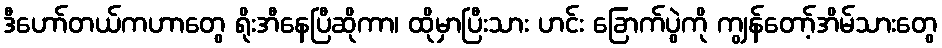
ဒီဟော်တယ်ကဟာတွေ ရိုးအီနေပြီဆိုကာ၊ ထိုမှာပြီးသား ဟင်း ခြောက်ပွဲကို ကျွန်တော့်အိမ်သားတွေ